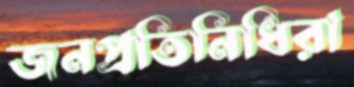
জনপ্রতিনিধিরা